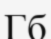
Гб